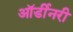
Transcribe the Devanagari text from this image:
ऑर्डीनरी